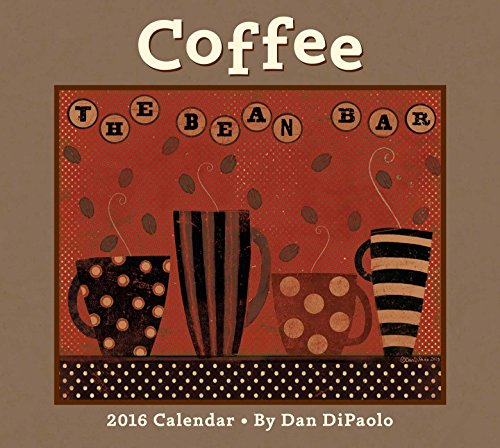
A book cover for Coffee 2016 Deluxe Wall Calendar; Dan DiPaolo; Calendars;